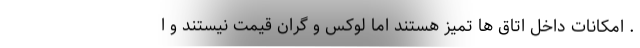
. امکانات داخل اتاق ها تمیز هستند اما لوکس و گران قیمت نیستند و ا